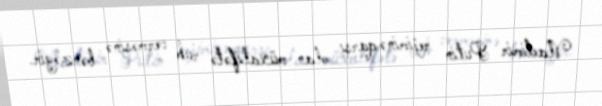
Vladimir Putin rejiminə qarşı olan müxalifətə ruh verməsinə bənzəyir.